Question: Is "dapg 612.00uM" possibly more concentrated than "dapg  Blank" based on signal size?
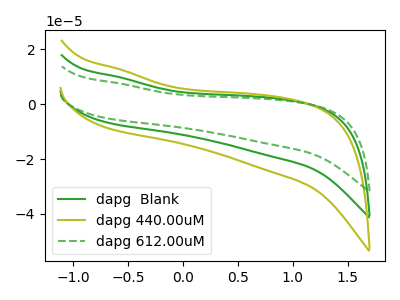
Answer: <think>The green curve "dapg  Blank" has no peaks. The olive curve "dapg 440.00uM" has no peaks. The green dashed curve "dapg 612.00uM" has no peaks.
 Neither "dapg 612.00uM" or "dapg  Blank" have any peaks.</think>
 <answer>I cant tell if "dapg 612.00uM" or "dapg  Blank" has more signal.</answer>
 <eval>mixed_signal</eval>